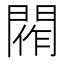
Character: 𨴰